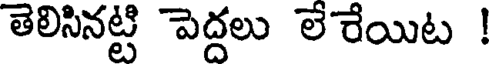
తెలిసినట్టి పెద్దలు లే రేయిట !